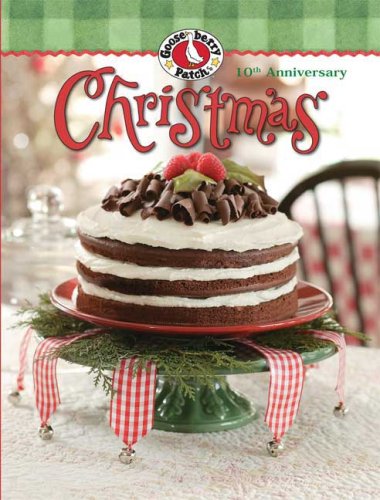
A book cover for Gooseberry Patch Christmas, Book 10; Gooseberry Patch; Cookbooks, Food & Wine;